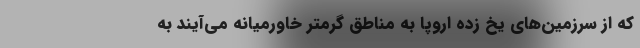
که از سرزمین‌های یخ زده اروپا به مناطق گرمتر خاورمیانه می‌آیند به